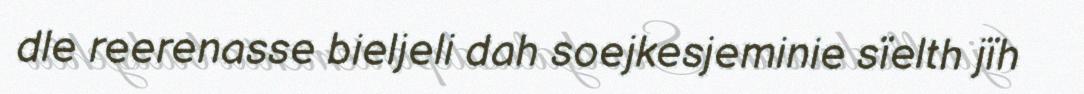
dle reerenasse bieljeli dah soejkesjeminie sïelth jïh